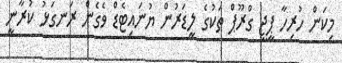
މިކަން ހުރިހާ ޕީޖީ ގްރޫޕް ތަކުގެ ލީޑަރުން ޔުނައިޓެޑް ވެގެން ރަނގަޅު ކުރާނީ